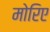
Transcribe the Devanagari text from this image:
मोरिए